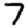
Digit: 7